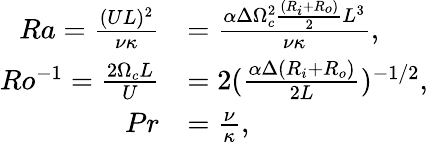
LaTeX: \begin{array}{rl}{Ra=\frac{(UL)^{2}}{\nu\kappa}}&{=\frac{\alpha\Delta\Omega_{c}^{2}\frac{(R_{i}+R_{o})}{2}L^{3}}{\nu\kappa},}\\ {Ro^{-1}=\frac{2\Omega_{c}L}{U}}&{=2(\frac{\alpha\Delta(R_{i}+R_{o})}{2L})^{-1/2},}\\ {Pr}&{=\frac{\nu}{\kappa},}\end{array}